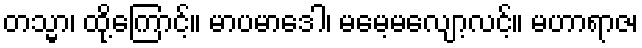
တသ္မာ၊ ထို့ကြောင့်။ မာပမာဒေါ၊ မမေ့မလျော့လင့်။ မဟာရာဇ၊